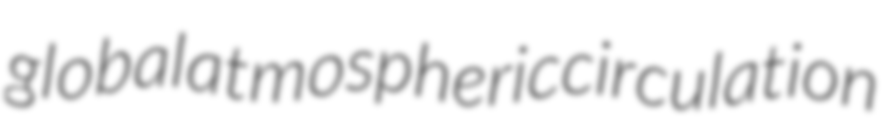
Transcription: global atmospheric circulation